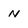
Character: N